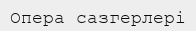
Опера сазгерлері